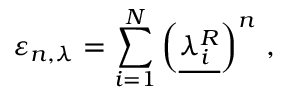
\varepsilon _ { n , \lambda } = \sum _ { i = 1 } ^ { N } \left( \underline { { { \lambda _ { i } ^ { R } } } } \right) ^ { n } \, ,